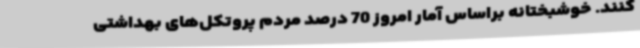
کنند. خوشبختانه براساس آمار امروز 70 درصد مردم پروتکل‌های بهداشتی